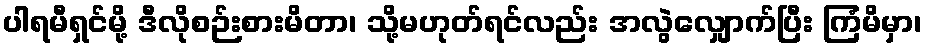
ပါရမီရှင်မို့ ဒီလိုစဉ်းစားမိတာ၊ သို့မဟုတ်ရင်လည်း အလွဲလျှောက်ပြီး ကြံမိမှာ၊